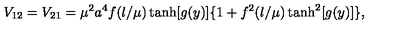
V _ { 1 2 } = V _ { 2 1 } = \mu ^ { 2 } a ^ { 4 } f ( \l / \mu ) \tanh [ g ( y ) ] \{ 1 + f ^ { 2 } ( \l / \mu ) \tanh ^ { 2 } [ g ( y ) ] \} ,